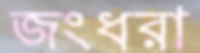
জংধরা